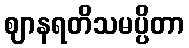
ဈာနရတိသမပ္ပိတာ